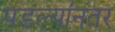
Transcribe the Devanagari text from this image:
पडल्यांनतर